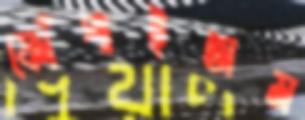
ফোঁপাইতাম